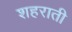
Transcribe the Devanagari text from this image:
शहराती